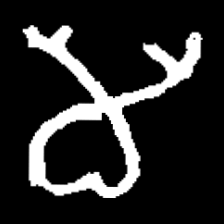
Pyu character \u2014 Myanmar letter: မ (romanized: ma)